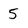
Character: 5